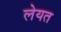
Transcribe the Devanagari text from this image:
लेयत